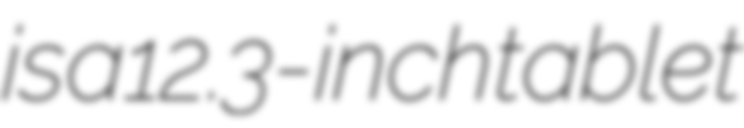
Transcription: is a 12.3-inch tablet